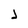
Character: j